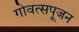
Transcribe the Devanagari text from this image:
गोवत्सपूजन